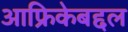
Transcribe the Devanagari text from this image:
आफ्रिकेबद्दल